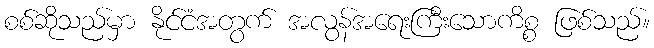
စစ်ဆိုသည်မှာ နိုင်ငံအတွက် အလွန်အရေးကြီးသောကိစ္စ ဖြစ်သည်။